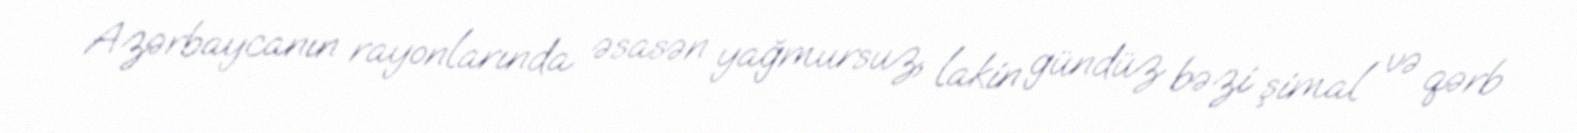
Azərbaycanın rayonlarında əsasən yağmursuz, lakin gündüz bəzi şimal və qərb